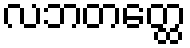
လဘတတ္ထေ